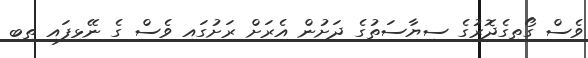
ވެސް ގޯތިގެދޮރުގެ ސިޔާސަތުގެ ދަށުން އެރަށް ރަށުގައި ވެސް ގެ ނޭޅިފައި ތިބި